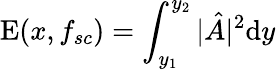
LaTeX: \mathrm{E}(x,f_{sc})=\int_{y_{1}}^{y_{2}}|\hat{A}|^{2}\mathrm{d}y